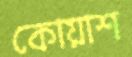
কোয়াশ